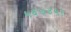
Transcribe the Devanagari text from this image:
५६७४५१